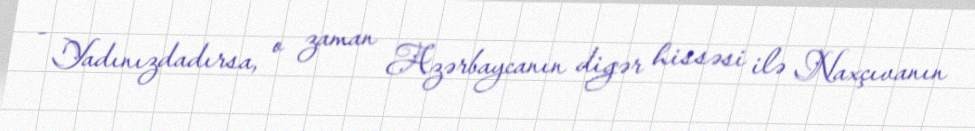
- Yadınızdadırsa, o zaman Azərbaycanın digər hissəsi ilə Naxçıvanın